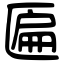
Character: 匾